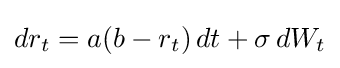
dr_{t}=a(b-r_{t})\,dt+\sigma \,dW_{t}